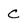
Character: C